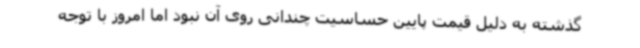
گذشته به دلیل قیمت پایین حساسیت چندانی روی آن نبود اما امروز با توجه